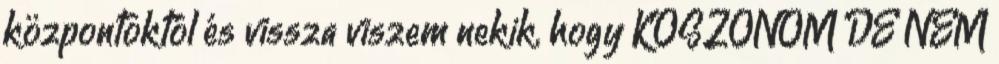
központoktól és vissza viszem nekik, hogy KÖSZÖNÖM DE NEM